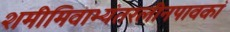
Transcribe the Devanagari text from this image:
शमीमिवाभ्यंतरलीनपावकां